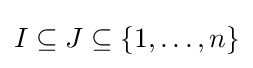
I\subseteq J\subseteq \{1,\dots ,n\}